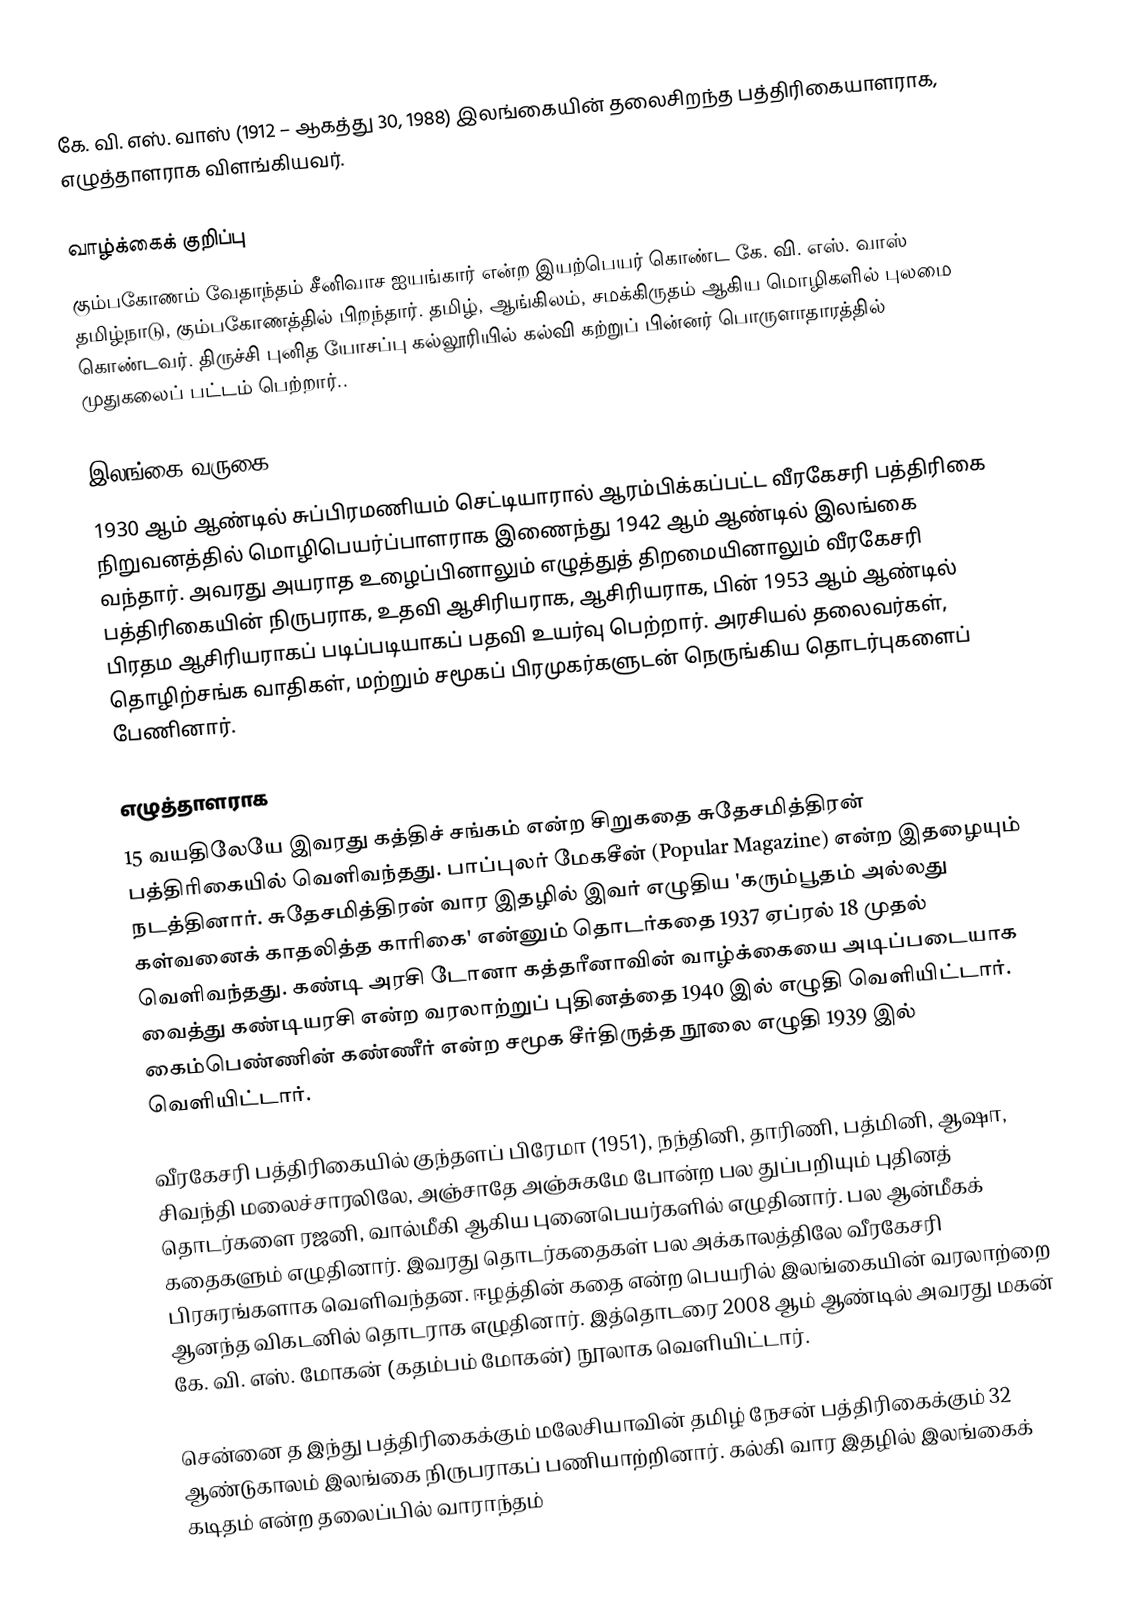
கே. வி. எஸ். வாஸ் (1912 – ஆகத்து 30, 1988) இலங்கையின் தலைசிறந்த பத்திரிகையாளராக, எழுத்தாளராக விளங்கியவர்.

வாழ்க்கைக் குறிப்பு
கும்பகோணம் வேதாந்தம் சீனிவாச ஐயங்கார் என்ற இயற்பெயர் கொண்ட கே. வி. எஸ். வாஸ் தமிழ்நாடு, கும்பகோணத்தில் பிறந்தார். தமிழ், ஆங்கிலம், சமக்கிருதம் ஆகிய மொழிகளில் புலமை கொண்டவர். திருச்சி புனித யோசப்பு கல்லூரியில் கல்வி கற்றுப் பின்னர் பொருளாதாரத்தில் முதுகலைப் பட்டம் பெற்றார்..

இலங்கை வருகை
1930 ஆம் ஆண்டில் சுப்பிரமணியம் செட்டியாரால் ஆரம்பிக்கப்பட்ட வீரகேசரி பத்திரிகை நிறுவனத்தில் மொழிபெயர்ப்பாளராக இணைந்து 1942 ஆம் ஆண்டில் இலங்கை வந்தார். அவரது அயராத உழைப்பினாலும் எழுத்துத் திறமையினாலும் வீரகேசரி பத்திரிகையின் நிருபராக, உதவி ஆசிரியராக, ஆசிரியராக, பின் 1953 ஆம் ஆண்டில் பிரதம ஆசிரியராகப் படிப்படியாகப் பதவி உயர்வு பெற்றார். அரசியல் தலைவர்கள், தொழிற்சங்க வாதிகள், மற்றும் சமூகப் பிரமுகர்களுடன் நெருங்கிய தொடர்புகளைப் பேணினார்.

எழுத்தாளராக
15 வயதிலேயே இவரது கத்திச் சங்கம் என்ற சிறுகதை சுதேசமித்திரன் பத்திரிகையில் வெளிவந்தது. பாப்புலர் மேகசீன் (Popular Magazine) என்ற இதழையும் நடத்தினார். சுதேசமித்திரன் வார இதழில் இவர் எழுதிய 'கரும்பூதம் அல்லது கள்வனைக் காதலித்த காரிகை' என்னும் தொடர்கதை 1937 ஏப்ரல் 18 முதல் வெளிவந்தது. கண்டி அரசி டோனா கத்தரீனாவின் வாழ்க்கையை அடிப்படையாக வைத்து கண்டியரசி என்ற வரலாற்றுப் புதினத்தை 1940 இல் எழுதி வெளியிட்டார். கைம்பெண்ணின் கண்ணீர் என்ற சமூக சீர்திருத்த நூலை எழுதி 1939 இல் வெளியிட்டார்.

வீரகேசரி பத்திரிகையில் குந்தளப் பிரேமா (1951), நந்தினி, தாரிணி, பத்மினி, ஆஷா, சிவந்தி மலைச்சாரலிலே, அஞ்சாதே அஞ்சுகமே போன்ற பல துப்பறியும் புதினத் தொடர்களை ரஜனி, வால்மீகி ஆகிய புனைபெயர்களில் எழுதினார். பல ஆன்மீகக் கதைகளும் எழுதினார். இவரது தொடர்கதைகள் பல அக்காலத்திலே வீரகேசரி பிரசுரங்களாக வெளிவந்தன. ஈழத்தின் கதை என்ற பெயரில் இலங்கையின் வரலாற்றை ஆனந்த விகடனில் தொடராக எழுதினார். இத்தொடரை 2008 ஆம் ஆண்டில் அவரது மகன் கே. வி. எஸ். மோகன் (கதம்பம் மோகன்) நூலாக வெளியிட்டார்.

சென்னை த இந்து பத்திரிகைக்கும் மலேசியாவின் தமிழ் நேசன் பத்திரிகைக்கும் 32 ஆண்டுகாலம் இலங்கை நிருபராகப் பணியாற்றினார். கல்கி வார இதழில் இலங்கைக் கடிதம் என்ற தலைப்பில் வாராந்தம்